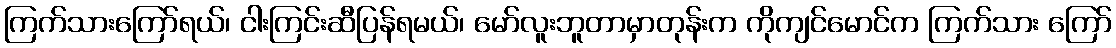
ကြက်သားကြော်ရယ်၊ ငါးကြင်းဆီပြန်ရမယ်၊ မော်လူးဘူတာမှာတုန်းက ကိုကျင်မောင်က ကြက်သား ကြော်